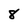
Character: 8